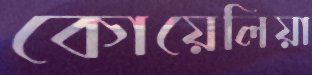
কোয়েলিয়া